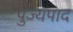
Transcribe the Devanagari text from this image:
पुज्यपाद